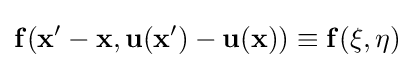
{\bf {f}}({\bf {x}}'-{\bf {x}},{\bf {u}}({\bf {x}}')-{\bf {u}}({\bf {x}}))\equiv {\bf {{f}({\bf {\xi }},{\bf {\eta }})}}